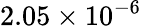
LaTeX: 2.05\times 10^{-6}